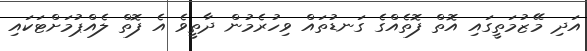
އަދި މޭޒުމަތީގައި އޮތް ފޮތެއްގެ ގަނޑުތައް ވިހުރެމުން ދާތީވެ އެ ފޮތް ލެއްޕުމަށްޓަކައި